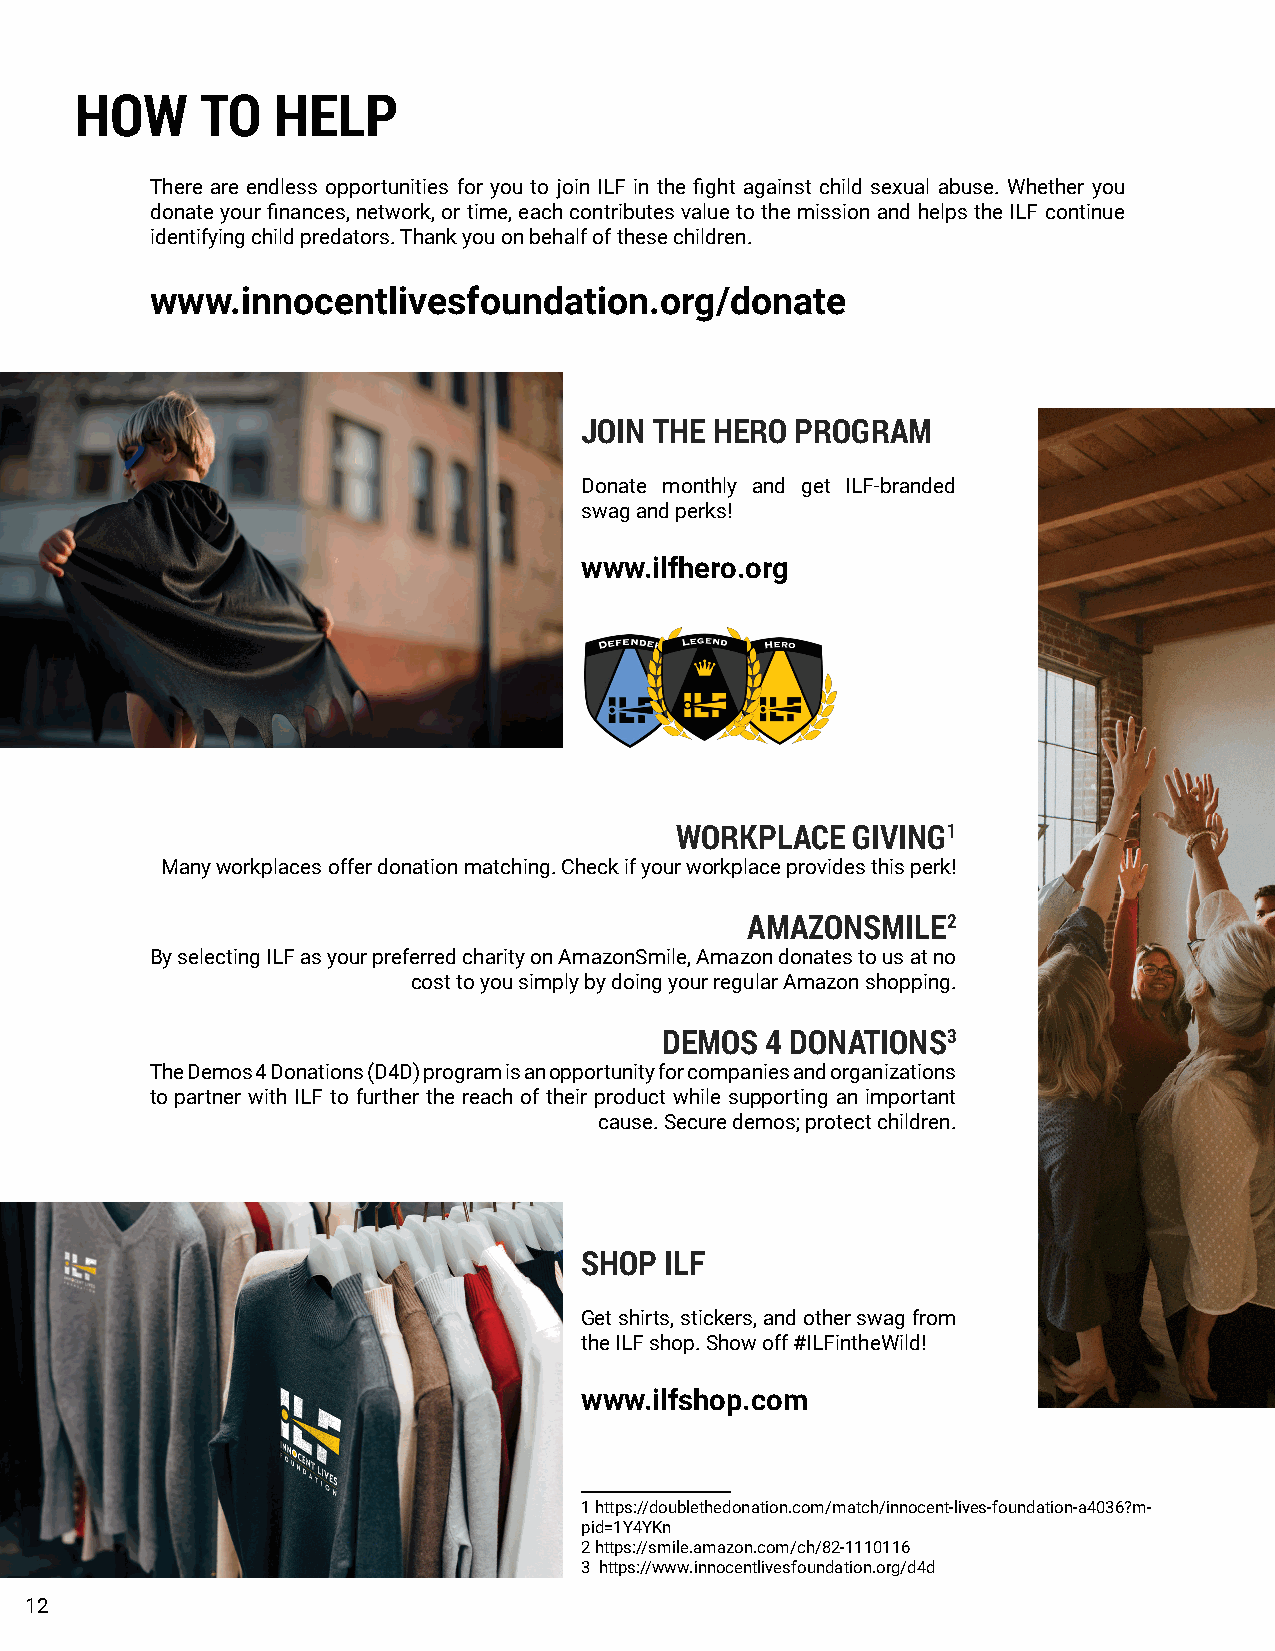
HOW     TO   HELP
 There are endless opportunities for you to join ILF in the fight against child sexual abuse. Whether you
 donate your finances, network, or time, each contributes value to the mission and helps the ILF continue
 identifying child predators. Thank you on behalf of these children.
 www.innocentlivesfoundation.org/donate
 JOIN THE HERO  PROGRAM
 Donate monthly and get ILF-branded
 swag and perks!
 www.ilfhero.org
 WORKPLACE  GIVING1
 Many workplaces offer donation matching. Check if your workplace provides this perk!
 AMAZONSMILE2
 By selecting ILF as your preferred charity on AmazonSmile, Amazon donates to us at no
 cost to you simply by doing your regular Amazon shopping.
 DEMOS  4 DONATIONS3
 The Demos 4 Donations (D4D) program is an opportunity for companies and organizations
 to partner with ILF to further the reach of their product while supporting an important
 cause. Secure demos; protect children.
 SHOP  ILF
 Get shirts, stickers, and other swag from
 the ILF shop. Show off #ILFintheWild!
 www.ilfshop.com
 1 https://doublethedonation.com/match/innocent-lives-foundation-a4036?m-
 pid=1Y4YKn
 2 https://smile.amazon.com/ch/82-1110116
 3 https://www.innocentlivesfoundation.org/d4d
 12